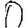
Digit: 0